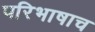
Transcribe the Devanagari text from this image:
परिभाषाच